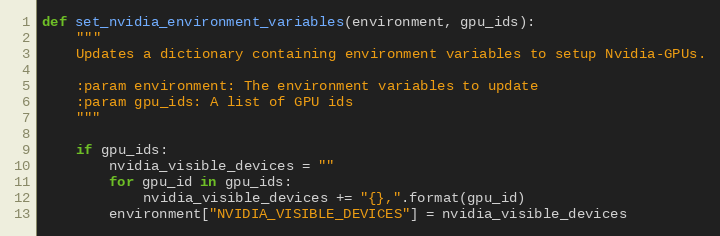
Language: Python
def set_nvidia_environment_variables(environment, gpu_ids):
    """
    Updates a dictionary containing environment variables to setup Nvidia-GPUs.

    :param environment: The environment variables to update
    :param gpu_ids: A list of GPU ids
    """

    if gpu_ids:
        nvidia_visible_devices = ""
        for gpu_id in gpu_ids:
            nvidia_visible_devices += "{},".format(gpu_id)
        environment["NVIDIA_VISIBLE_DEVICES"] = nvidia_visible_devices